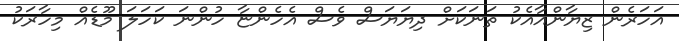
އަހަރެން ޒިޔާންއާއެކު ތަނަކަށް ދިޔަޔަސް ވެސް އެހެންޏާ ހުންނަ ކަހަލަ މޫޑެއް މިހާރަކު